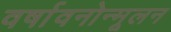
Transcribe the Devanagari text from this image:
वर्षावनोन्मूलन